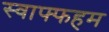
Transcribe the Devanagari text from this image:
स्वाफ्फहम